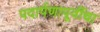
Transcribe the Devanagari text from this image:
पदार्पणापूर्वीचा